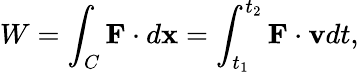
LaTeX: W=\int_{C}\mathbf{F}\cdot d\mathbf{x}=\int_{t_{1}}^{t_{2}}\mathbf{F}\cdot\mathbf{v}dt,